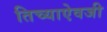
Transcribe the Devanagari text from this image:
तिच्याऐवजी